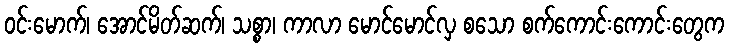
ဝင်းမောက်၊ အောင်မိတ်ဆက်၊ သစ္စာ၊ ကာလာ မောင်မောင်လှ စသော စက်ကောင်းကောင်းတွေက